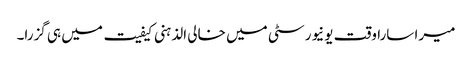
میرا سارا وقت یونیورسٹی میں خالی الذہنی کیفیت میں ہی گزرا۔